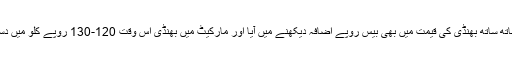
اس کے ساتھ ساتھ بھنڈی کی قیمت میں بھی بیس روپے اضافہ دیکھنے میں آیا اور مارکیٹ میں بھنڈی اس وقت 120-130 روپے کلو میں دستیاب ہے۔